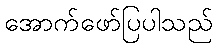
အောက်ဖော်ပြပါသည်